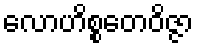
လောဟိစ္စတေဝိဇ္ဇာ